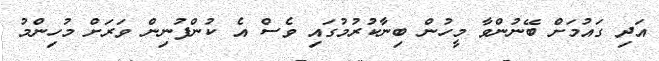
އަދި ގައުމަށް ބޭނުންވާ މީހުން ބިނާކުރުމުގައި ވެސް އެ ކުންފުނިން ވަރަށް މުހިންމު